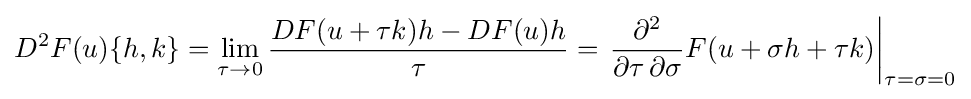
D^{2}F(u)\{h,k\}=\lim _{\tau \to 0}{\frac {DF(u+\tau k)h-DF(u)h}{\tau }}=\left.{\frac {\partial ^{2}}{\partial \tau \,\partial \sigma }}F(u+\sigma h+\tau k)\right|_{\tau =\sigma =0}